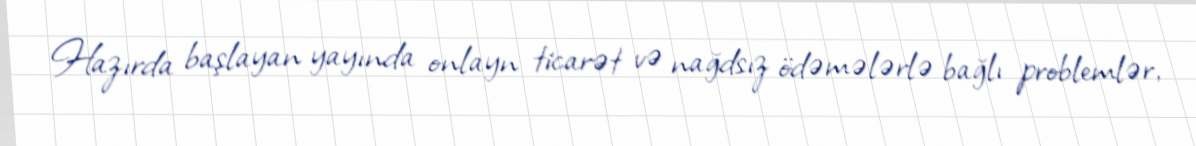
Hazırda başlayan yayında onlayn ticarət və nağdsız ödəmələrlə bağlı problemlər,